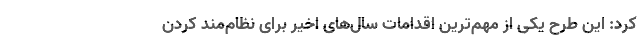
کرد: این طرح یکی از مهم‌ترین اقدامات سال‌های اخیر برای نظام‌مند کردن